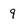
Character: 9